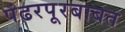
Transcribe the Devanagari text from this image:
पंढरपूरबाबत